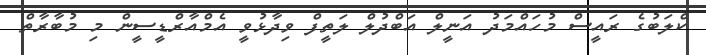
ކްލަބުގެ ރައީސް މުހައްމަދު އަނީލް އަބްދުލް ލަތީފް ވިދާޅުވީ އެމްއާރްޑީސީން މި މުބާރާތް